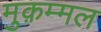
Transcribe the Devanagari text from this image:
मुक़म्मल